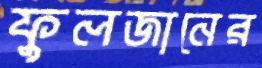
ফুলজানের